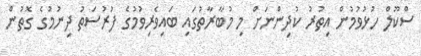
ސްކޫލް ހުޅުވުމުން އިތުރު ކުދިންނަށް މި މުބާރާތުގައި ބައިވެރިވުމުގެ ފުރުސަތު ދިނުމުގެ ގޮތުން